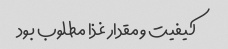
کیفیت و مقدار غذا مطلوب بود